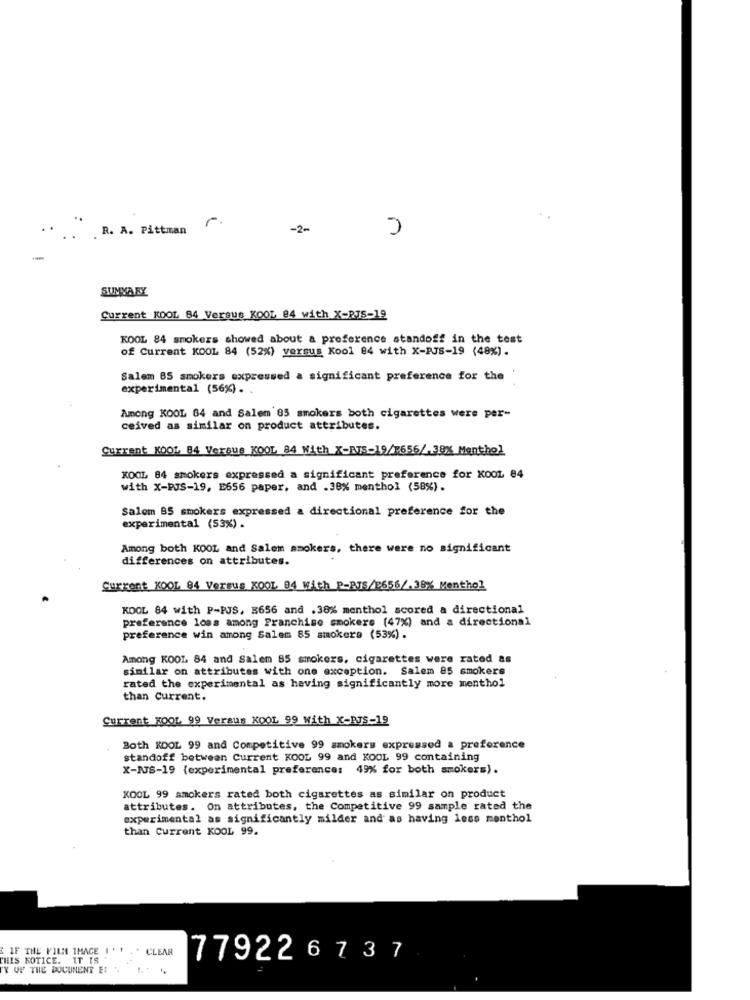
r
..
R. A. Pittman
-2-
n
SUMMARY
Current KOOL 84 Versus KOOL 84 with X-RJS-19
KOOL 84 smokers showed about a preference standoff in the test
of Current KOOL 84 (52%) versus Kool 84 with X-RJS-19 (48%).
Salem 85 smokers expressed a significant preference for the
experimental (56%) .
Among KOOL 84 and Salem 85 smokers both cigarettes were per-
ceived as similar on product attributes.
Current KOOL 84 Versus KOOL 84 With X-R75-19/2656/ 38% Menthol
KOOL 84 smokers expressed a significant preference for KOOL 84
with X-PJS-19, E656 paper, and .38% menthol (58%).
Salem 95 smokers expressed a directional preference for the
experimental (53%) .
Among both KOOL and Salem smokers, there were no significant
differences on attributes.
Current KOOL 84 Versus KOOL 84 With P-BJS/E656/.38% Menthol
KOOL 84 with P-PJS, B656 and . 38% menthol scored a directional
preference loss among Franchise smokers (47%) and a directional
preference win among Salem 85 smokers (53%).
Among KOOL 84 and Salem 85 smokers, cigarettes were rated &s
similar on attributes with one exception. Salem 85 smokers
rated the experimental as having significantly more menthol
than Current.
Current FOOL 99 Versus KOOL 99 With X-PUS-19
Both KOOL 99 and Competitive 99 smokers expressed a preference
standoff between Current KOOL 99 and KOOL 99 containing
X-RJS-19 {experimental preference: 49% for both smokers).
KOOL 99 smokers rated both cigarettes as similar on product
attributes. On attributes, the Competitive 99 sample rated the
experimental as significantly milder and as having less menthol
than Current KOOL 99.
IF THE FILM IMAGE | ' 1 .* CLEAR
THIS KOTICE. IT IS
779226737
"Y OF THE DOCUMENT E: ".